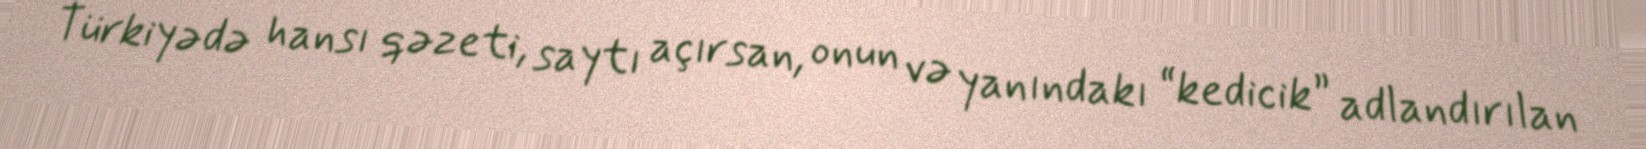
Türkiyədə hansı qəzeti, saytı açırsan, onun və yanındakı “kedicik” adlandırılan